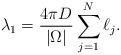
LaTeX: \begin{align*}\lambda_1=\frac{4\pi D}{|\Omega|} \sum_{j=1}^N\ell_j.\end{align*}